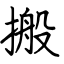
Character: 搬